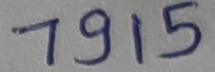
Text: 7915